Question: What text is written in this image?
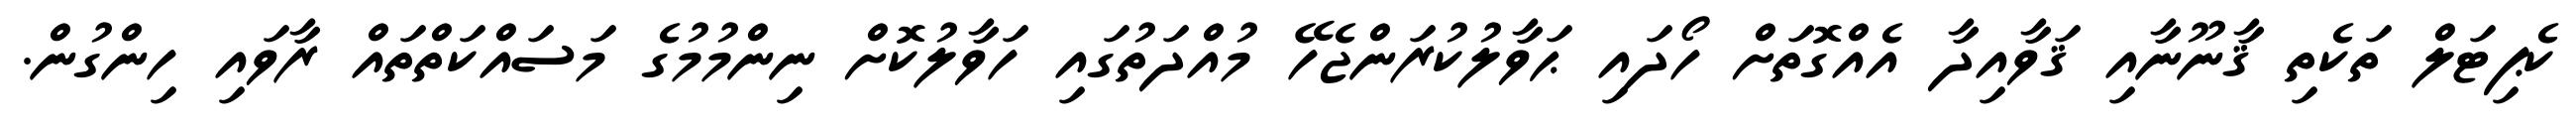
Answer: ކެޕިޓަލް ތަކެތި ޤާނޫނާއި ޤަވާއިދާ އެއްގޮތަށް ހޯދައި ޙަވާލުކުރަންޖެހޭ މުއްދަތުގައި ހަވާލުކޮށް ނިންމުމުގެ މަސައްކަތްތައް ރާވައި ހިންގުން.